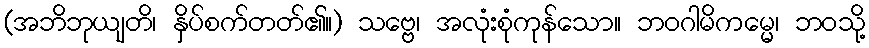
(အဘိဘုယျတိ၊ နှိပ်စက်တတ်၏။) သဗ္ဗေ၊ အလုံးစုံကုန်သော။ ဘဝဂါမိကမ္မေ၊ ဘဝသို့